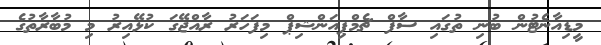
މީޑިއާނެޓުން ބުނި ތުގައި ސާފް ޗެމްޕިއަންޝިޕް މިފަހަރު ރާއްޖޭގަ ކުޅޭއިރު މި މުބާރާތުގެ